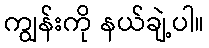
ကျွန်းကို နယ်ချဲ့ပါ။